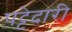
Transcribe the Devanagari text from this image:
पट्टेदारी